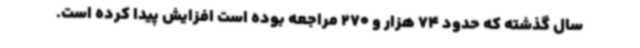
سال گذشته که حدود 74 هزار و 270 مراجعه بوده است افزایش پیدا کرده است.